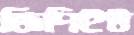
জিপিইউ